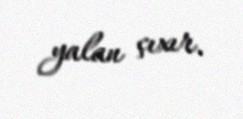
yalan çıxır.